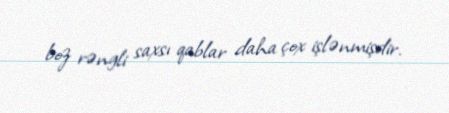
boz rəngli saxsı qablar daha çox işlənmişdir.